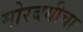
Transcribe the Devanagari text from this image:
मोरबगीचा